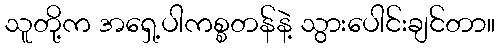
သူတို့က အရှေ့ပါကစ္စတန်နဲ့ သွားပေါင်းချင်တာ။